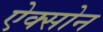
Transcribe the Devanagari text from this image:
ऐक्सोन